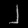
Digit: ၂